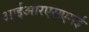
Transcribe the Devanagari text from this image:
आईआरएसएमई